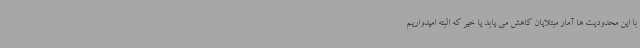
با این محدودیت ها آمار مبتلایان کاهش می یابد یا خیر که البته امیدواریم